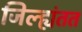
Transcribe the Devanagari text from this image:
जिल्ह्यंतत